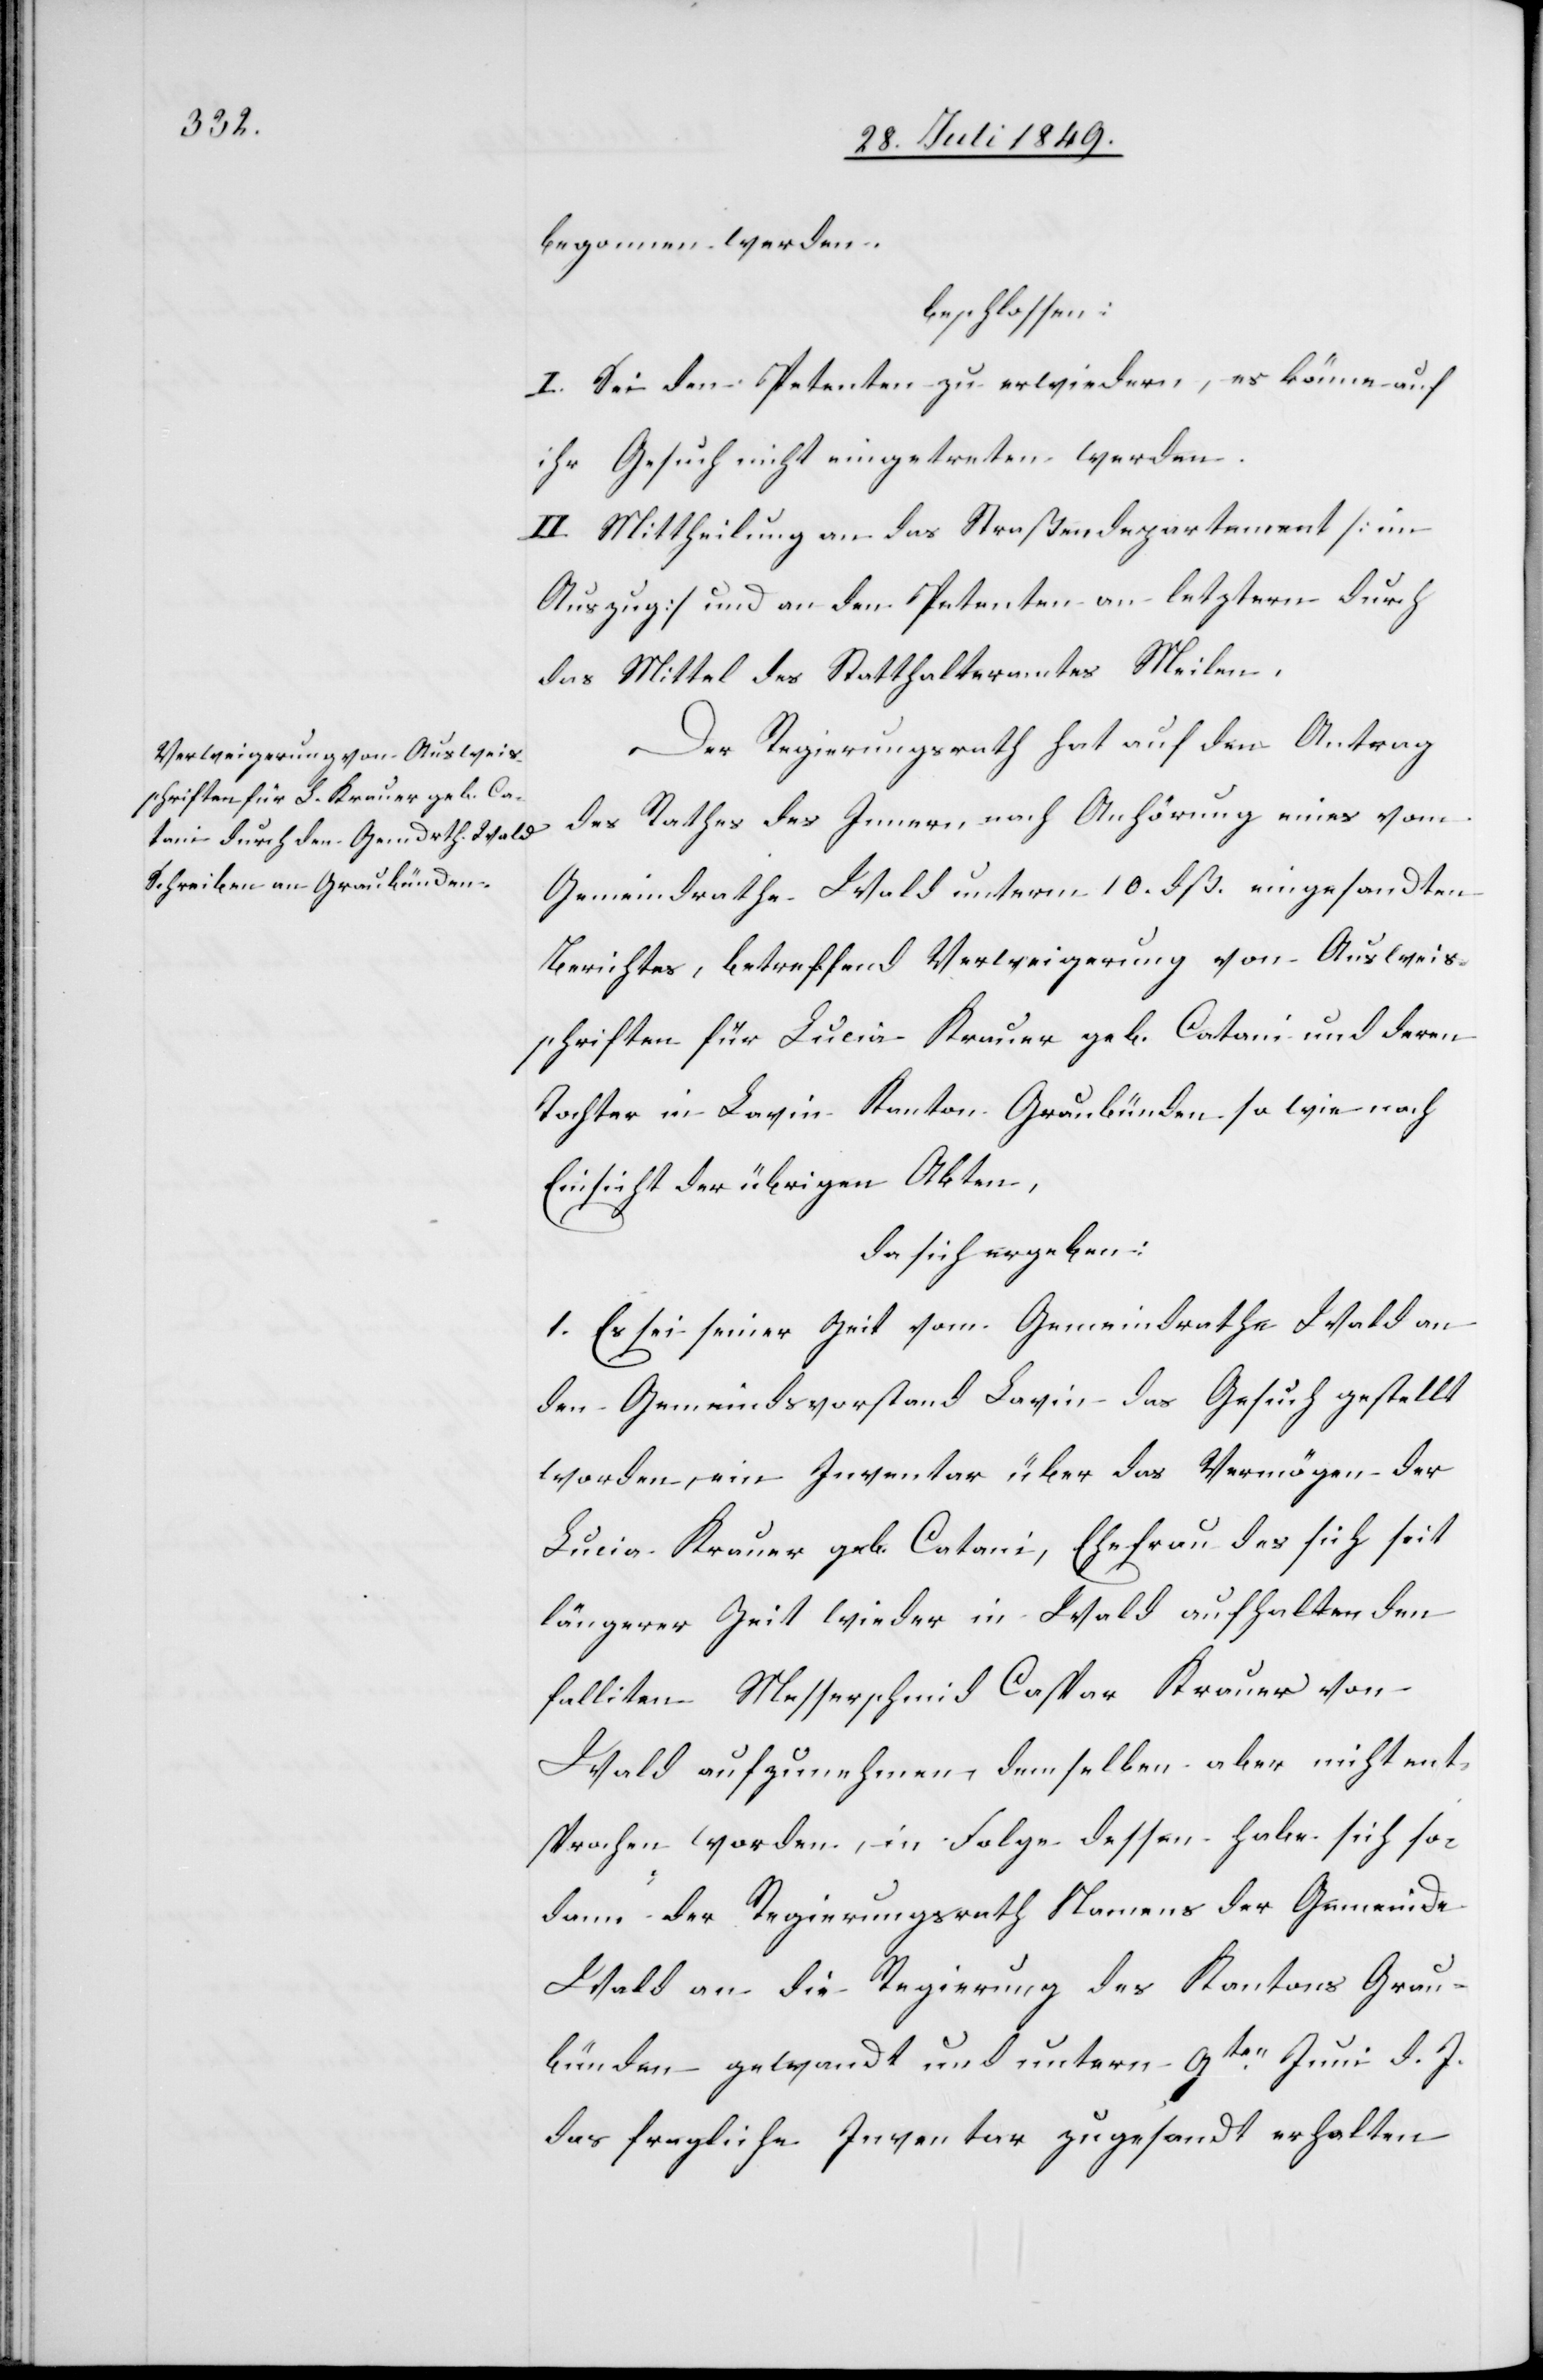
begonnen werden.
beschlossen:
I. Sei den Petenten zu erwiedern, es könne auf
ihr Gesuch nicht eingetreten werden.
II. Mittheilung an das Straßendepartement [im
Auszug] und an den Petenten an letzteren durch
das Mittel des Statthalteramtes Meilen.
Der Regierungsrath hat auf den Antrag
des Rathes des Innern nach Anhörung eines vom
Gemeindrathe Wald unterm 10. dß. eingesandten
Berichtes, betreffend Verweigerung von Ausweis¬
schriften für Lucia Krauer geb. Catani und deren
Tochter in Lavin Kanton Graubünden so wie nach
Einsicht der übrigen Akten,
da sich ergeben:
1. Es sei seiner Zeit vom Gemeindrathe Wald an
den Gemeindsvorstand Lavin das Gesuch gestellt
worden, ein Inventar über das Vermögen der
Lucia Krauer geb. Catani, Ehefrau des sich seit
längerer Zeit wieder in Wald aufhaltenden
falliten Messerschmid Caspar Krauer von
Wald aufzunehmen, demselben aber nicht ent¬
sprochen worden, in Folge dessen habe sich so¬
dann der Regierungsrath Namens der Gemeinde
Wald an die Regierung des Kantons Grau¬
bünden gewandt und unterm 9ten Juni d. J.
das fragliche Inventar zugesandt erhalten